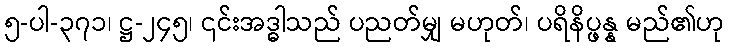
၅-ပါ-၃၇၁၊ ဋ္ဌ-၂၄၅၊ ၎င်းအဒ္ဓါသည် ပညတ်မျှ မဟုတ်၊ ပရိနိပ္ဖန္န မည်၏ဟု